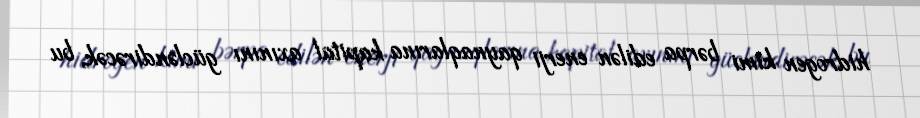
hidrogen kimi bərpa edilən enerji qaynaqlarına kapital axınını gücləndirəcək, bu